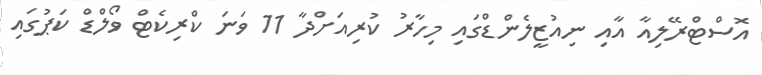
އޮސްޓްރޭލިއާ އާއި ނިއުޒީލެންޑްގައި މިހާރު ކުރިއަށްދާ 11 ވަނަ ކްރިކެޓް ވޯލްޑް ކަޕުގައި